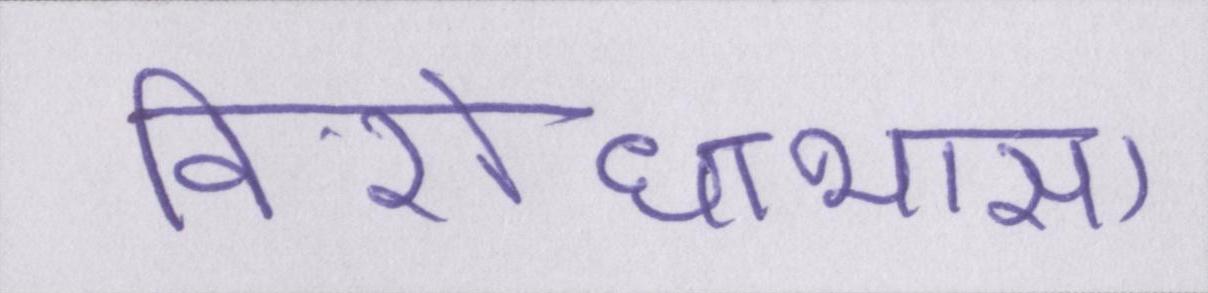
विरोधाभास।